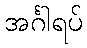
အင်္ဂါရပ်